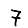
Digit: 7